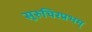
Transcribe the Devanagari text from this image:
सुरुचिरप्रभम्